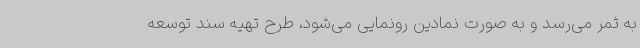
به ثمر می‌رسد و به صورت نمادین رونمایی می‌شود، طرح تهیه سند توسعه